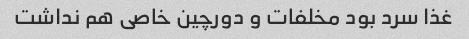
غذا سرد بود مخلفات و دورچین خاصی هم نداشت